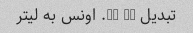
تبدیل 48 fl. اونس به لیتر